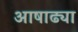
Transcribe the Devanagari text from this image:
आषाढ्या